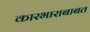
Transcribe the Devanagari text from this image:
कारभाराबाबत